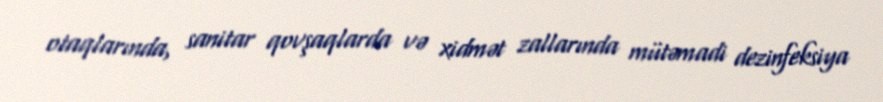
otaqlarında, sanitar qovşaqlarda və xidmət zallarında mütəmadi dezinfeksiya